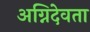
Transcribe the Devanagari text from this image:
अग्निदेवता